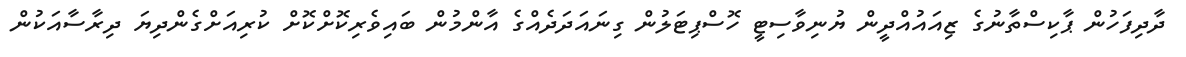
ދާދިފަހުން ޕާކިސްތާނުގެ ޒިއައުއްދީން ޔުނިވާސިޓީ ހޮސްޕިޓަލުން ގިނައަދަދެއްގެ އާންމުން ބައިވެރިކޮށްކޮށް ކުރިއަށްގެންދިޔަ ދިރާސާއަކުން